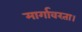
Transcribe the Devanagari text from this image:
मार्गावरता।